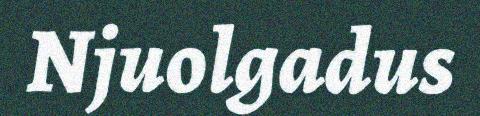
Njuolgadus